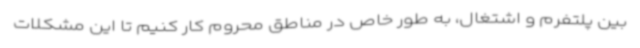
بین پلتفرم و اشتغال، به طور خاص در مناطق محروم کار کنیم تا این مشکلات